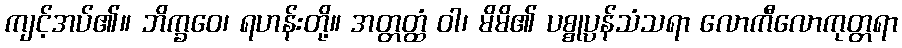
ကျင့်အပ်၏။ ဘိက္ခဝေ၊ ရဟန်းတို့။ အတ္တတ္ထံ ဝါ၊ မိမိ၏ ပစ္စုပ္ပန်သံသရာ လောကီလောကုတ္တရာ